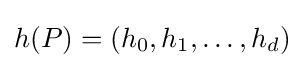
h(P)=(h_{0},h_{1},\ldots ,h_{d})